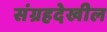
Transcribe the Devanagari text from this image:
संग्रहदेखील